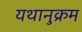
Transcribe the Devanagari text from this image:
यथानुक्रम